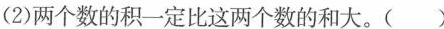
(2)两个数的积一定比这两个数的和大。()